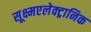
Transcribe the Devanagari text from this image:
सूक्ष्मएलेक्ट्रानिक